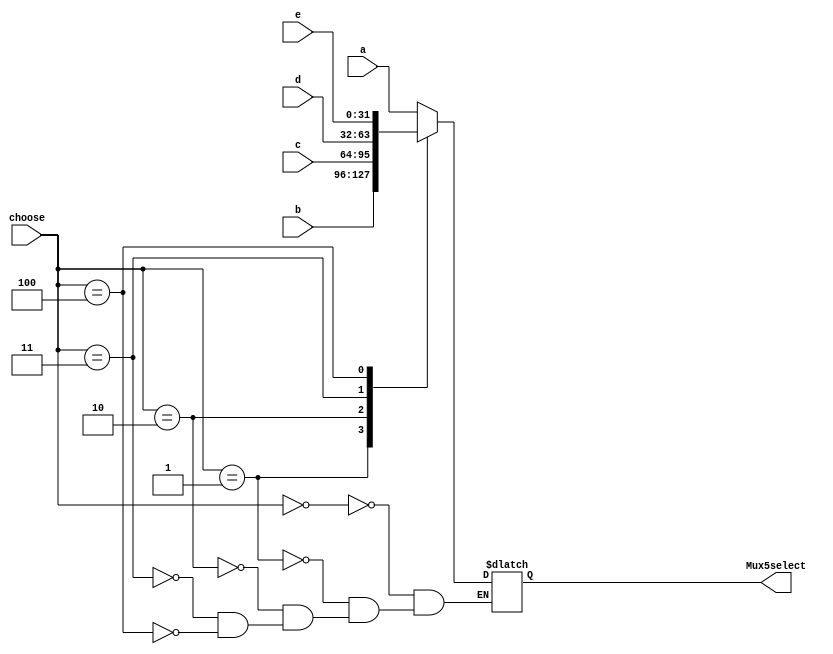
`timescale 1ns / 1ps
//////////////////////////////////////////////////////////////////////////////////
// Company: 
// Engineer: 
// 
// Design Name: 
// Module Name: mux5
// Project Name: 
// Target Devices: 
// Tool Versions: 
// Description: 
// 
// Dependencies: 
// 
// Revision:
// Revision 0.01 - File Created
// Additional Comments:
// 
//////////////////////////////////////////////////////////////////////////////////


module mux5(
input[31:0]a,
input[31:0]b,
input[31:0]c,
input[31:0]d,
input[31:0]e,
input[2:0]choose,
output reg  [31:0]Mux5select
    );
    always@(*)
    begin
      case(choose)
      3'b000:Mux5select<=a;
      3'b001:Mux5select<=b;
      3'b010:Mux5select<=c;
      3'b011:Mux5select<=d;
      3'b100:Mux5select<=e;
      endcase
    end
endmodule